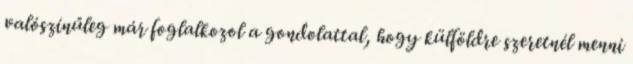
valószínűleg már foglalkozol a gondolattal, hogy külföldre szeretnél menni